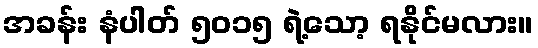
အခန်း နံပါတ် ၅၀၁၅ ရဲ့သော့ ရနိုင်မလား။